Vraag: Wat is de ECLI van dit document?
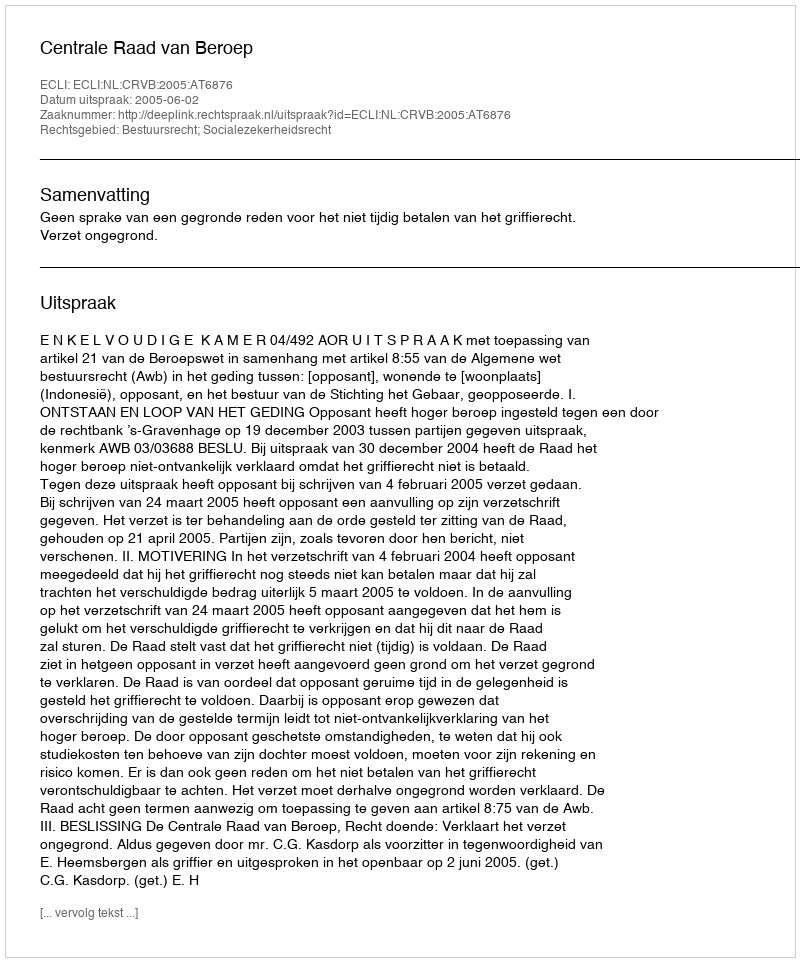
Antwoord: ECLI:NL:CRVB:2005:AT6876